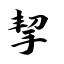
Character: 挈